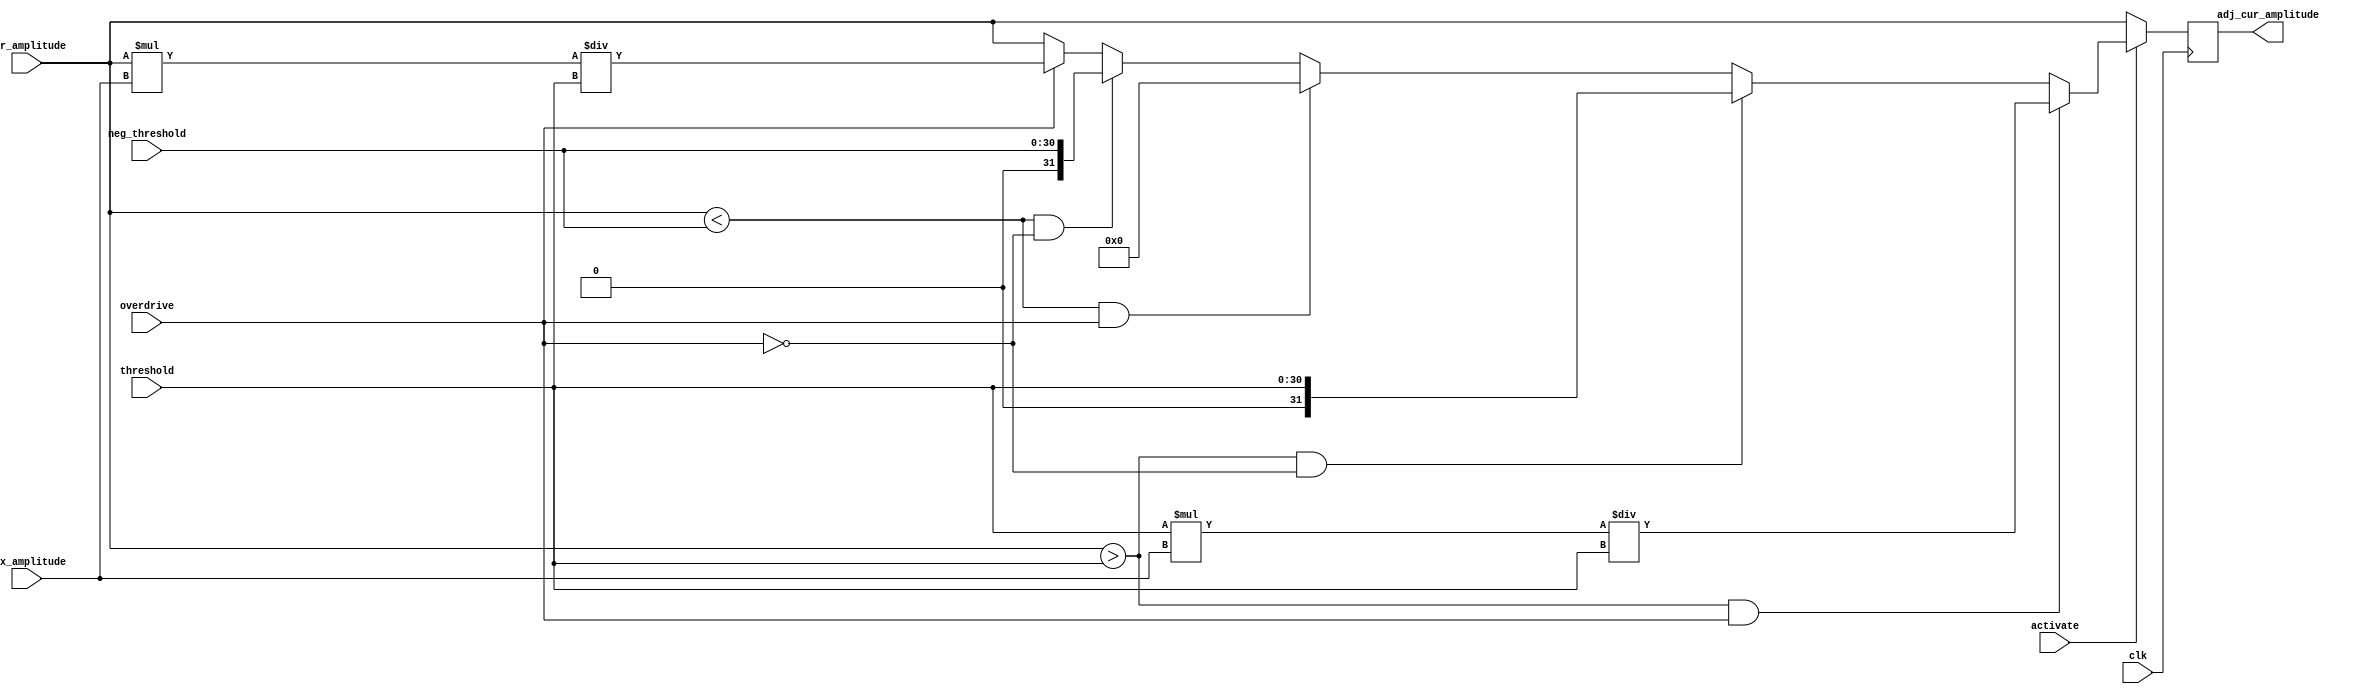
module overdrive(clk, activate, overdrive, threshold, neg_threshold, max_amplitude, cur_amplitude, adj_cur_amplitude);

    input clk; // clock
    input activate; // 1 - use clipping, 0 - dont
    input overdrive; // 1 - use overdrive (clipping + amplification), 0 - compression (clipping only)
    input [30:0] threshold; // the level at which to clip on positive side
    input [30:0] neg_threshold; // the level at which to clip on negative side
    input [30:0] max_amplitude; // the max amplitude (basically the current volume)
    input [31:0] cur_amplitude; // the current amplitude of the sine wave

    output reg [31:0] adj_cur_amplitude; // output multiplier that changes wave shape

    // clipping
    always@(posedge clk)
    begin
        if (activate) begin
            if(cur_amplitude > threshold && overdrive)
                adj_cur_amplitude <= (threshold * max_amplitude)/threshold;
            else if (cur_amplitude > threshold && ~overdrive)
                adj_cur_amplitude <= threshold;
            else if (cur_amplitude < neg_threshold && overdrive)
                adj_cur_amplitude <= 0;
            else if (cur_amplitude < neg_threshold && ~overdrive)
                adj_cur_amplitude <= neg_threshold;
            else if (overdrive)
                adj_cur_amplitude <= (cur_amplitude * max_amplitude)/threshold;
            else
                adj_cur_amplitude <= cur_amplitude;
        end
        else
            adj_cur_amplitude <= cur_amplitude;
    end
endmodule